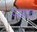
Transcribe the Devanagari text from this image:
परगाव